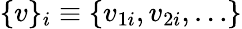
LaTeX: \{ v\} _{i}\equiv\{ v_{1i},v_{2i},\ldots\}